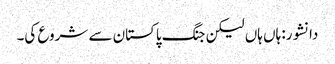
دانشور: ہاں ہاں لیکن جنگ پاکستان سے شروع کی۔